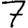
Digit: 7